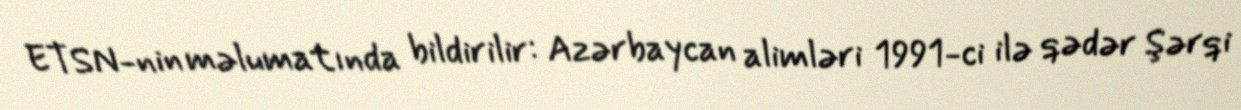
ETSN-nin məlumatında bildirilir: Azərbaycan alimləri 1991-ci ilə qədər Şərqi